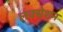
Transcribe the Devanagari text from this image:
लक्सेशन